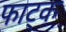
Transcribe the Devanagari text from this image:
फाट्क